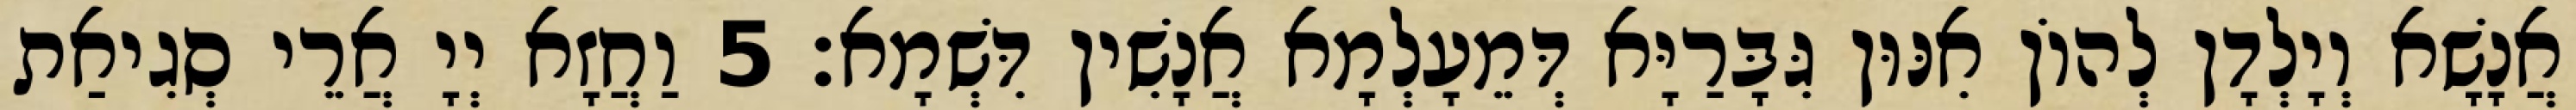
אֲנָשָׁא וְיָלְדָן לְהוֹן אִנּוּן גִּבָּרַיָּא דְּמֵעָלְמָא אֲנָשִׁין דִּשְׁמָא׃ 5 וַחֲזָא יְיָ אֲרֵי סְגִיאַת